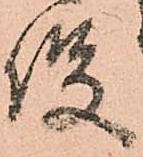
役